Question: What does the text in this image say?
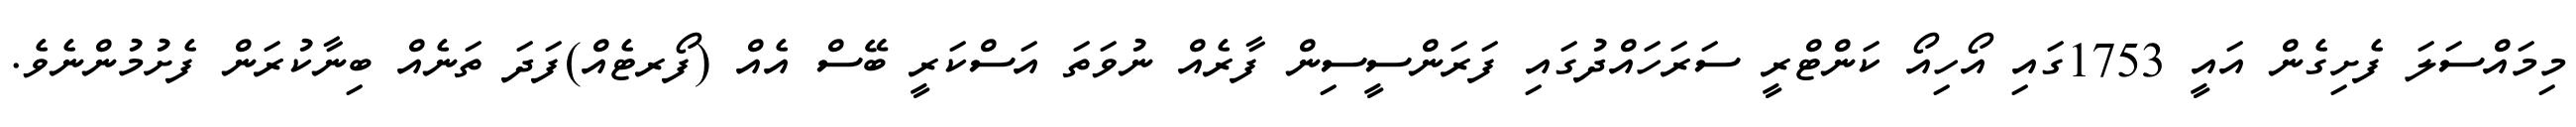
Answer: މިމައްސަލަ ފެށިގެން އައީ 1753ގައި އޯހިއޯ ކަންޓްރީ ސަރަހައްދުގައި ފަރަންސީސިން ފާރެއް ނުވަތަ އަސްކަރީ ބޭސް އެއް (ފޯރޓެއް)ފަދަ ތަނެއް ބިނާކުރަން ފެށުމުންނެވެ.